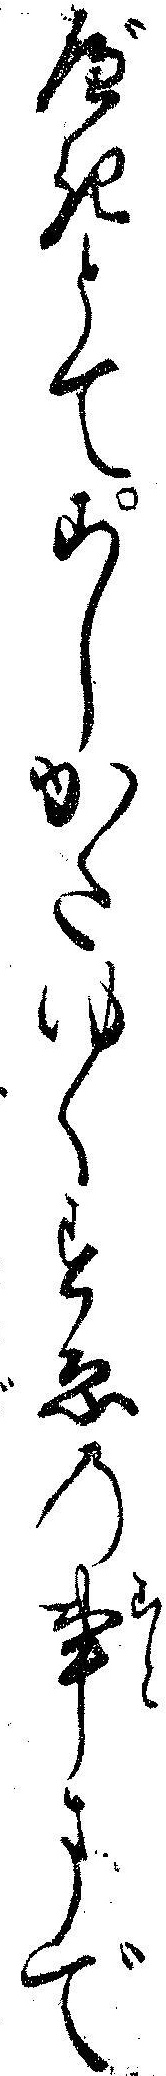
べきとてこしかたゆくすゑの事まで